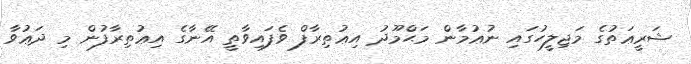
ޝަރީޢަތުގެ މަޖިލީހުގައި ނުޢުމާން މަޙްމޫދު އިޢުތިރާފް ވެފައިވާތީ އޭނާގެ އިޢުތިރާފުން މި ދަޢުވާ